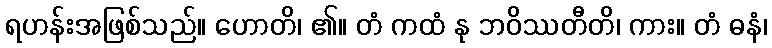
ရဟန်းအဖြစ်သည်။ ဟောတိ၊ ၏။ တံ ကထံ နု ဘဝိဿတီတိ၊ ကား။ တံ ဓနံ၊